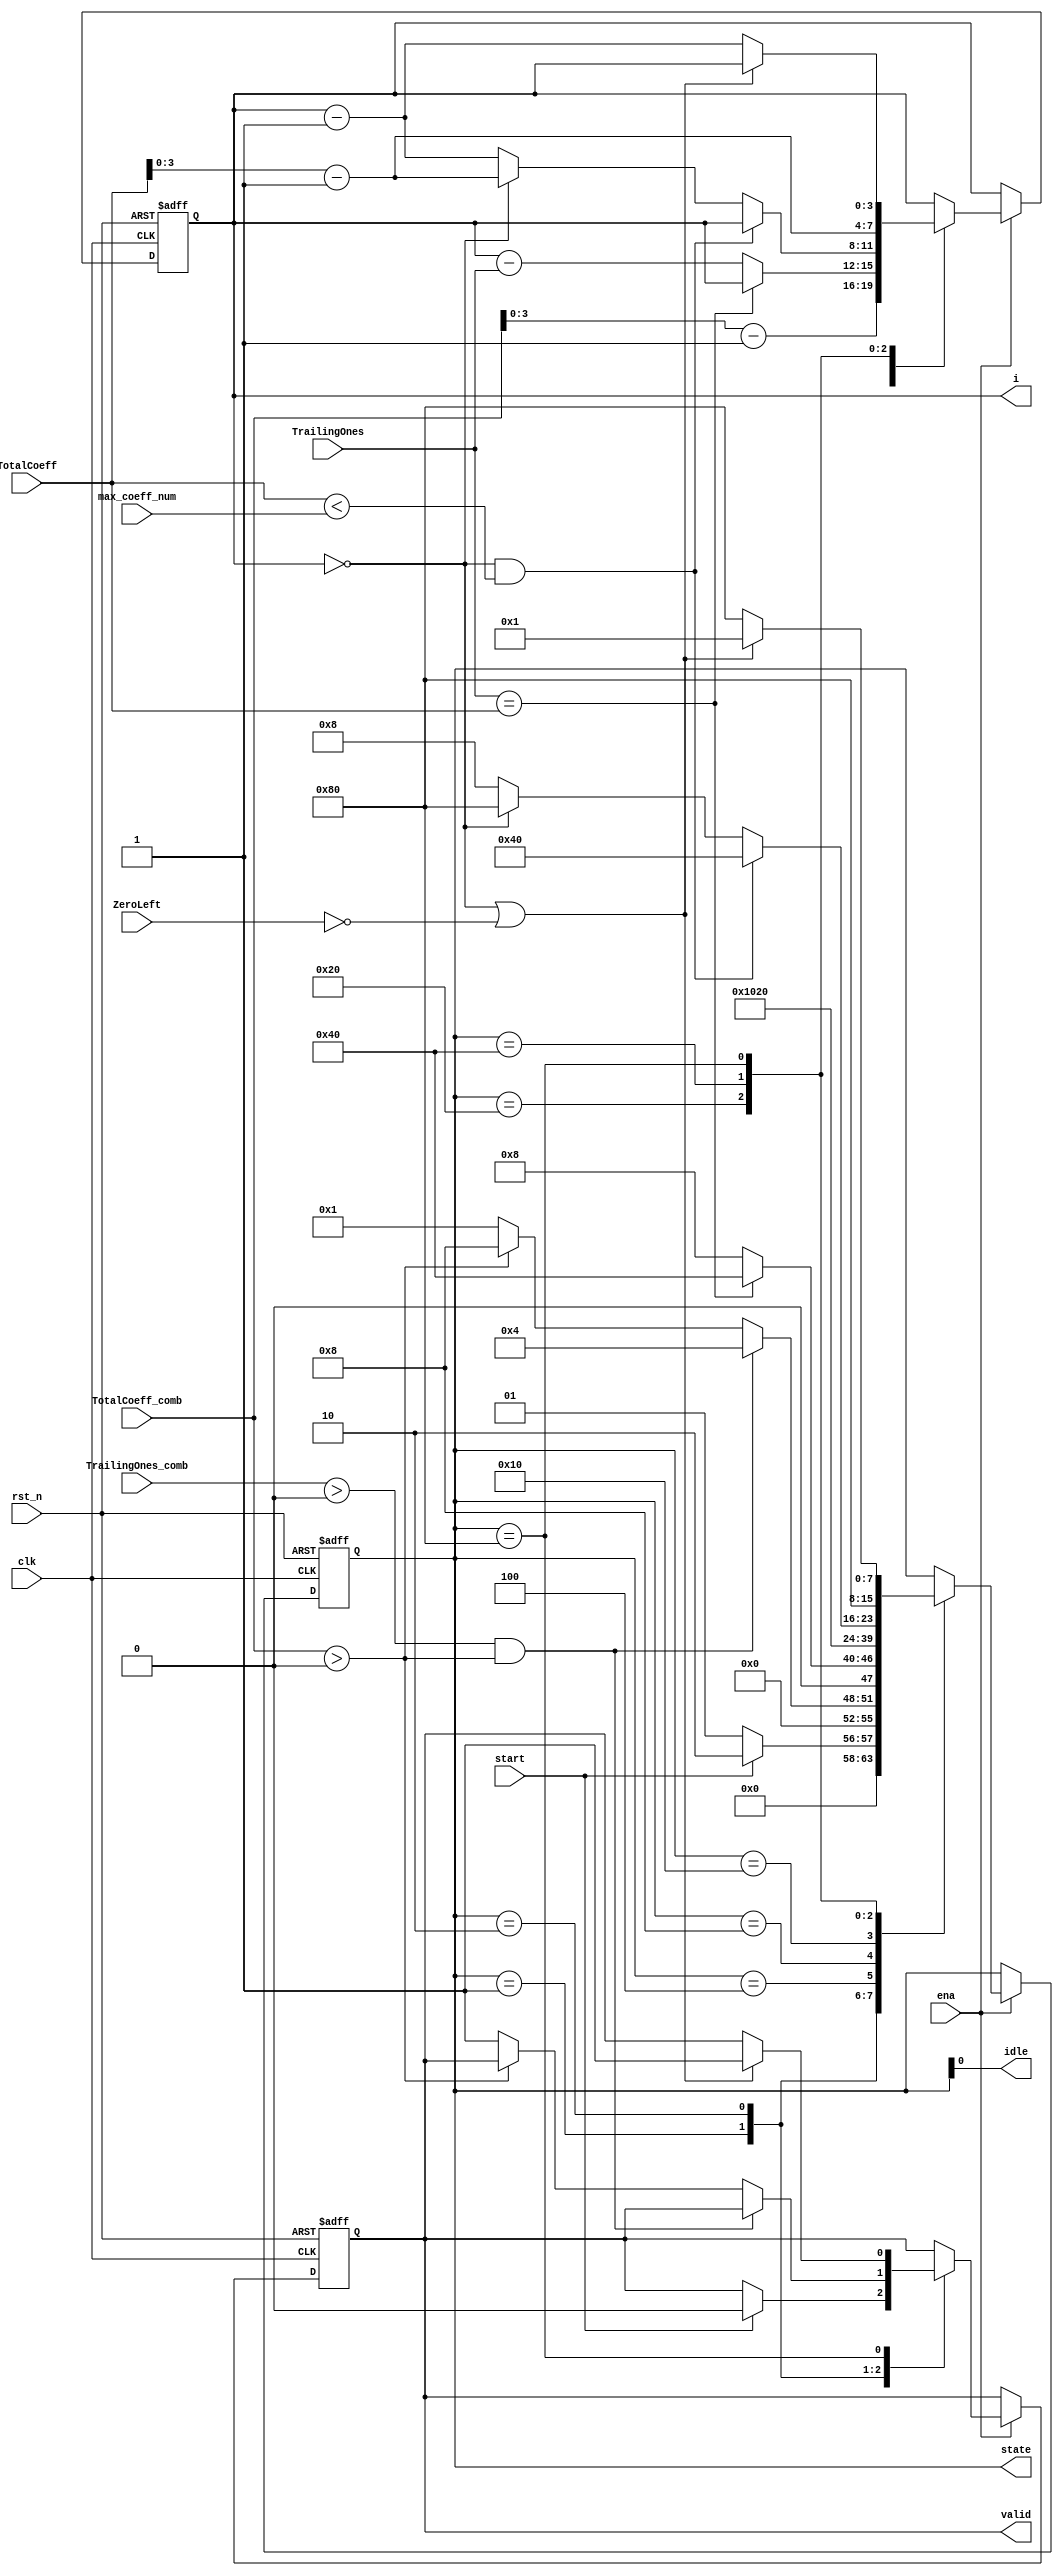
`define cavlc_idle_bit     				0
`define cavlc_read_total_coeffs_bit	1
`define cavlc_read_t1s_flags_bit	2
`define cavlc_read_level_prefix_bit     3
`define cavlc_read_level_suffix_bit     4
`define cavlc_calc_level_bit		5
`define cavlc_read_total_zeros_bit  	6
`define cavlc_read_run_befores_bit  	7
`define cavlc_idle_s     		8'b00000001
`define cavlc_read_total_coeffs_s     	8'b00000010
`define cavlc_read_t1s_flags_s		8'b00000100
`define cavlc_read_level_prefix_s     	8'b00001000
`define cavlc_read_level_suffix_s     	8'b00010000
`define cavlc_calc_level_s		8'b00100000
`define cavlc_read_total_zeros_s    	8'b01000000
`define cavlc_read_run_befores_s    	8'b10000000

module cavlc_fsm
(
    clk,
    rst_n,
    ena,
    start,
    max_coeff_num,
    TotalCoeff,
    TotalCoeff_comb,
    TrailingOnes,
    TrailingOnes_comb,
    ZeroLeft,
    state,
    i,
    idle,
    valid
);
//------------------------
//ports
//------------------------
input  clk;
input  rst_n;
input  ena;
input  start;

input  [4:0]  max_coeff_num;
input  [4:0]  TotalCoeff;
input  [4:0]  TotalCoeff_comb;
input  [1:0]  TrailingOnes;
input  [1:0]  TrailingOnes_comb;
input  [3:0]  ZeroLeft;

output [7:0]  state;
output [3:0]  i;
output idle;
output valid;

//------------------------
//FFs
//------------------------
reg  [7:0]  state;
reg  [3:0]  i;
reg  valid;

//------------------------
//state & i & valid
//------------------------
always @(posedge clk or negedge rst_n)
if (!rst_n) begin
    state   <= `cavlc_idle_s;
    i <= 0;
    valid <= 0;
end
else if (ena)
case(state)
    `cavlc_idle_s : begin
        if (start) begin
            state <= `cavlc_read_total_coeffs_s;
            valid <= 0;
        end
        else begin
            state <= `cavlc_idle_s;
        end     
    end
    `cavlc_read_total_coeffs_s : begin
        i <= TotalCoeff_comb -1;
        if (TrailingOnes_comb > 0 && TotalCoeff_comb > 0)
            state <= `cavlc_read_t1s_flags_s;
        else if (TotalCoeff_comb > 0)
            state <= `cavlc_read_level_prefix_s;
        else begin
            state <= `cavlc_idle_s;     
            valid <= 1;
        end
    end
    `cavlc_read_t1s_flags_s : begin
        if (TrailingOnes == TotalCoeff)
            state <= `cavlc_read_total_zeros_s;         
        else begin
            state <= `cavlc_read_level_prefix_s;
            i <= i - TrailingOnes;
        end
    end
    `cavlc_read_level_prefix_s : begin
        state <= `cavlc_read_level_suffix_s;        
    end
    `cavlc_read_level_suffix_s : begin
        state <= `cavlc_calc_level_s;       
    end
    `cavlc_calc_level_s : begin
        if ( i == 0  && TotalCoeff < max_coeff_num)
            state <= `cavlc_read_total_zeros_s;
        else if (i == 0) begin
            state <= `cavlc_read_run_befores_s;
            i <= TotalCoeff - 1;
        end
        else begin
            state <= `cavlc_read_level_prefix_s;
            i <= i - 1;
        end
    end 
    `cavlc_read_total_zeros_s : begin
        state <= `cavlc_read_run_befores_s;
        i <= TotalCoeff - 1;
    end
    `cavlc_read_run_befores_s : begin
        if (i == 0 || ZeroLeft == 0) begin
            state <= `cavlc_idle_s;
            valid <= 1;
        end
        else begin
            state <= `cavlc_read_run_befores_s;
            i <= i - 1;
        end
    end     
endcase

assign idle = state[`cavlc_idle_bit];

endmodule